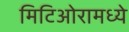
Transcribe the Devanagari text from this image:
मिटिओरामध्ये